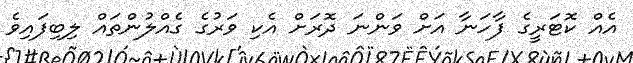
އެއް ކޮޓަރީގެ ފާހަނާ އަށް ވަންނަ ދޮރަށް އެކި ވަރުގެ ގެއްލުންތައް ލިބިފައިވެ